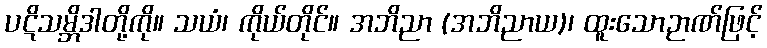
ပဋိသမ္ဘိဒါတို့ကို။ သယံ၊ ကိုယ်တိုင်။ အဘိညာ (အဘိညာယ)၊ ထူးသောဉာဏ်ဖြင့်